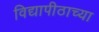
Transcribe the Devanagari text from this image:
विद्यापीठाच्‍या